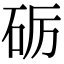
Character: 砺